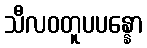
သီလဝတူပပန္နော